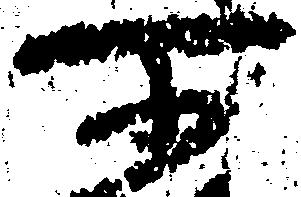
所